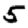
Digit: 5